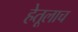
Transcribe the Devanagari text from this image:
हेतूलाच